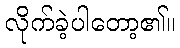
လိုက်ခဲ့ပါတော့၏။